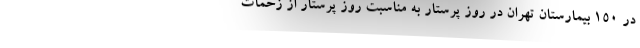
در 150 بیمارستان تهران در روز پرستار به مناسبت روز پرستار از زحمات